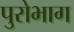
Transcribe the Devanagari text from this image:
पुरोभाग